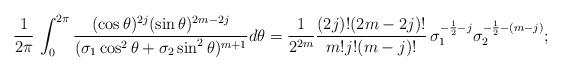
LaTeX: \begin{align*}\frac1{2\pi}\,\int_0^{2\pi} \frac{(\cos\theta)^{2j} (\sin\theta)^{2m-2j}}{(\sigma_1\cos^2\theta + \sigma_2\sin^2\theta)^{m+1}} d\theta= \frac1{2^{2m}}\frac{(2j)! (2m-2j)!}{m! j! (m-j)!}\, \sigma_1^{-\frac12-j}\sigma_2^{-\frac12-(m-j)};\end{align*}